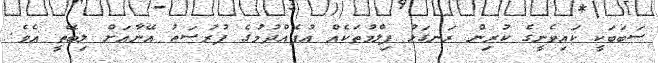
ސަބަބަކީ ކައިވެނީގެ ކުރިން ރަނގަޅު ފިލްމުތަކެއް އުފެއްދުމުގެ ފުރުސަތު އޭނާއަށް ލިބޭތީ އެވެ.